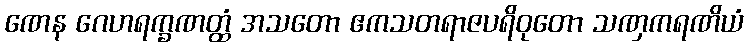
ဏေန ဂေဟရက္ခဏတ္ထံ အသတော ဧကသတရာဇပရိဝုတော သဏှကရဏိယံ